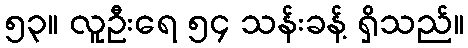
၅၃။ လူဦးရေ ၅၄ သန်းခန့် ရှိသည်။